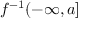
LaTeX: f ^ { - 1 } ( - \infty , a ]